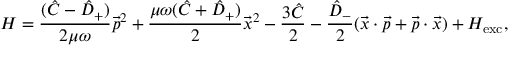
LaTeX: { \cal H } = { \frac { ( \hat { C } - \hat { D } _ { + } ) } { 2 \mu \omega } } \vec { p } ^ { 2 } + { \frac { \mu \omega ( \hat { C } + \hat { D } _ { + } ) } { 2 } } \vec { x } ^ { 2 } - { \frac { 3 \hat { C } } { 2 } } - { \frac { \hat { D } _ { - } } { 2 } } ( \vec { x } \cdot \vec { p } + \vec { p } \cdot \vec { x } ) + { \cal H } _ { \mathrm { e x c } } ,